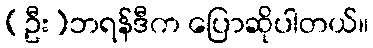
(ဦး)ဘရန်ဒီက ပြောဆိုပါတယ်။